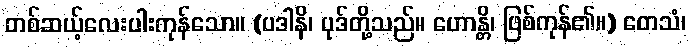
တစ်ဆယ့်လေးပါးကုန်သော။ (ပဒါနိ၊ ပုဒ်တို့သည်။ ဟောန္တိ၊ ဖြစ်ကုန်၏။) တေသံ၊